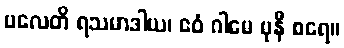
ပလေတိ ရသမာဒါယ၊ ဧဝံ ဂါမေ မုနီ စရေ။